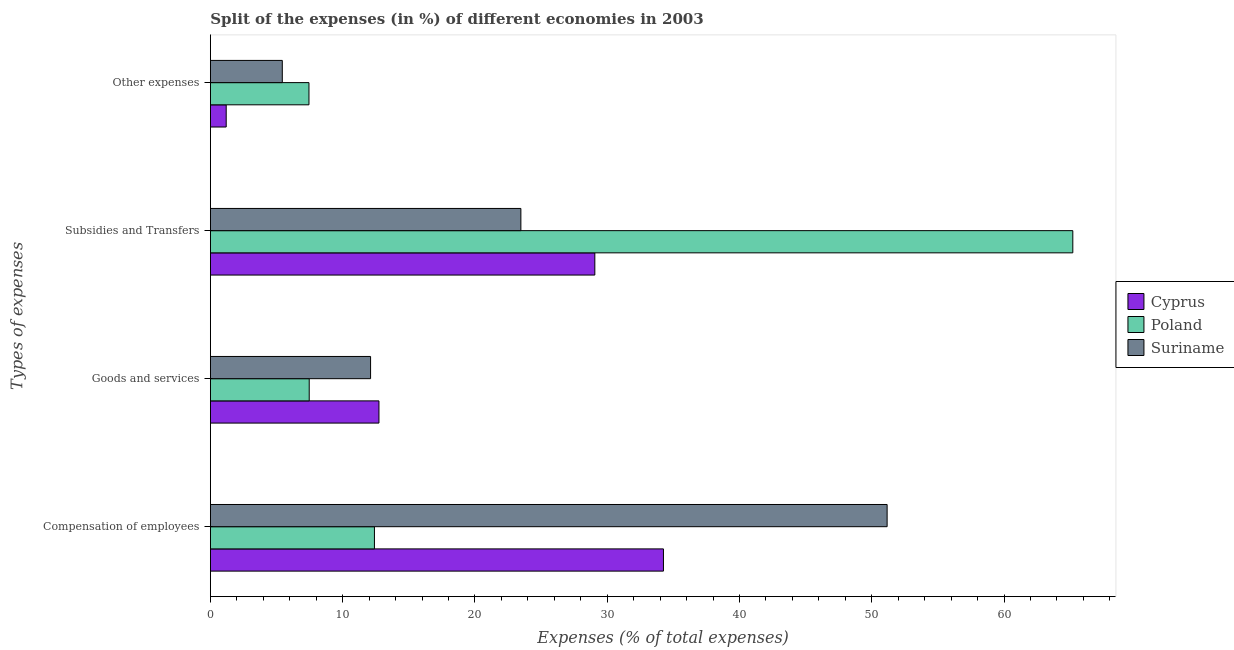
| Types of expenses | Cyprus | Poland | Suriname |
 | --- | --- | --- | --- |
 | Compensation of employees | 34.3 | 12.4 | 51.2 |
 | Goods and services | 12.7 | 7.47 | 12.1 |
 | Subsidies and Transfers | 29.1 | 65.2 | 23.5 |
 | Other expenses | 1.2 | 7.45 | 5.44 |